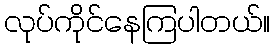
လုပ်ကိုင်နေကြပါတယ်။